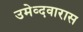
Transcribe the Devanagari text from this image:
उमेव्दवारास